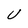
Character: U